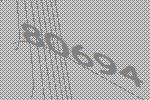
80694